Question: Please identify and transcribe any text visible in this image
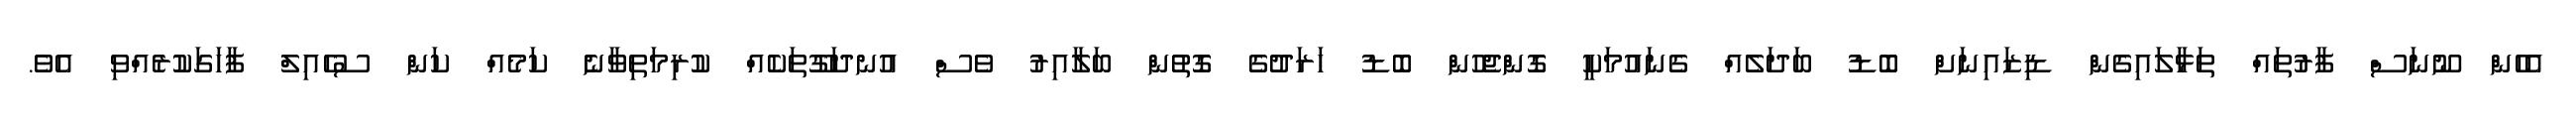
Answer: އެހެން ނޫނަސް ފާރުތައް ތަޅާލައިގެން ޑިޒައިނަށް ބޮޑު ބަދަލެއް ގެނައުމަކީ ގޮންޖެހުން ބޮޑު ހަރަދުގެ ގޮތުން ބަލާއިރު ވެސް އުނދަގޫތަކެއް ކުރިމަތިވާނެ ކަމެއް ކަން ސުހެއިލް ފާހަގަކުރެއްވި އެވެ.